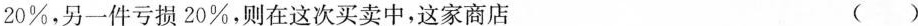
20%，另一件亏损20%，则在这次买卖中，这家商店 ( )